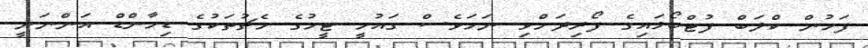
ފަހުން ކްލަބް ފުޓްބޯޅައިގެ ފޯރިދަށްވި ނަމަވެސް ގައުމީ ޓީމުގެ މެޗުތަކުގެ ޑިމާންޑް އަންނަނީ